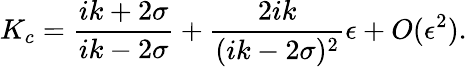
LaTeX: K_{c}=\frac{ik+2\sigma}{ik-2\sigma}+\frac{2ik}{(ik-2\sigma)^{2}}\epsilon+O(\epsilon^{2}).